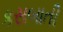
કસબાતી